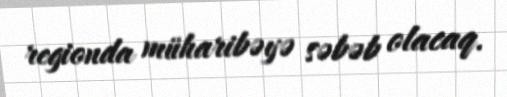
regionda müharibəyə səbəb olacaq.